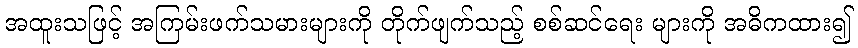
အထူးသဖြင့် အကြမ်းဖက်သမားများကို တိုက်ဖျက်သည့် စစ်ဆင်ရေး များကို အဓိကထား၍